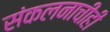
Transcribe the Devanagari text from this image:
संकलनाचीही